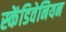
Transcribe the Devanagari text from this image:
स्केंडिवेनियन